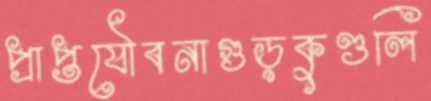
প্রাপ্তযৌবনাগুড়কুণ্ডলি